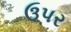
ઉપર